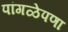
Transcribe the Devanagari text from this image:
पांगळेपणा